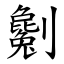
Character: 劖